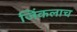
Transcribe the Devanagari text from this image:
जिंकलाच